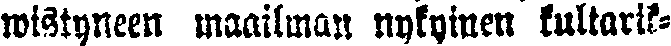
wistyneen maailman nykyinen kultarik-